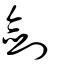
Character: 劍